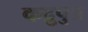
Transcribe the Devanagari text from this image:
कद्रुपुत्र